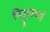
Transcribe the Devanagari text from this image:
पिट्ठूलदाई